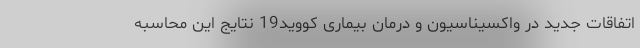
اتفاقات جدید در واکسیناسیون و درمان بیماری کووید19 نتایج این محاسبه